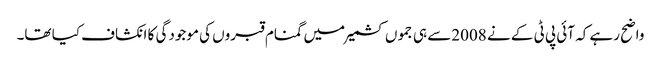
واضح رہے کہ آئی پی ٹی کے نے 2008سے ہی جموں کشمیر میں گمنام قبروں کی موجودگی کا انکشاف کیا تھا۔